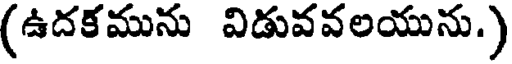
(ఉదకమును విడువవలయును.)